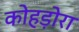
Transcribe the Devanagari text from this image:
कोहड़ोरा